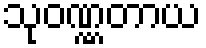
သုဝဏ္ဏတာယ